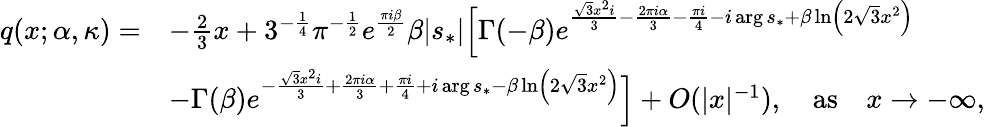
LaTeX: \begin{array}{rl}{q(x;\alpha,\kappa)=}&{-\frac{2}{3}x+3^{-\frac{1}{4}}\pi^{-\frac{1}{2}}e^{\frac{\pi i{\beta}}{2}}{\beta}|s_{*}|\Big[\Gamma(-{\beta})e^{\frac{\sqrt{3}x^{2}i}{3}-\frac{2\pi i\alpha}{3}-\frac{\pi i}{4}-i\arg s_{*}+{\beta}\ln\left(2\sqrt{3}x^{2}\right)}}\\ &{-\Gamma({\beta})e^{-\frac{\sqrt{3}x^{2}i}{3}+\frac{2\pi i\alpha}{3}+\frac{\pi i}{4}+i\arg s_{*}-{\beta}\ln\left(2\sqrt{3}x^{2}\right)}\Big]+O(|x|^{-1}),\quad\mathrm{as}\quad x\rightarrow-\infty,}\end{array}